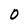
Character: O